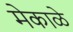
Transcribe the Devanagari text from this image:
मेकाळे